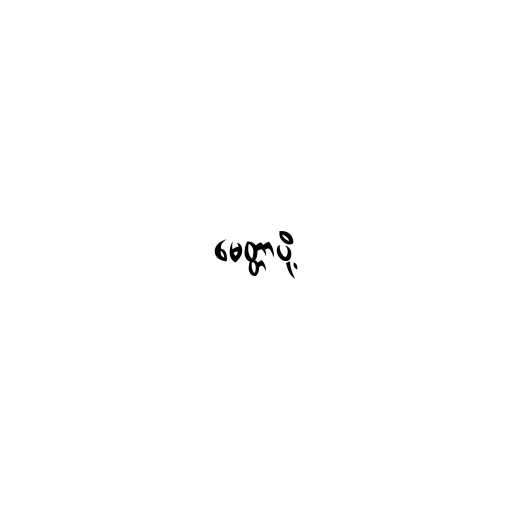
မေတ္တာပို့